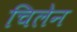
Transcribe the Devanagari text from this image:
चिलेन